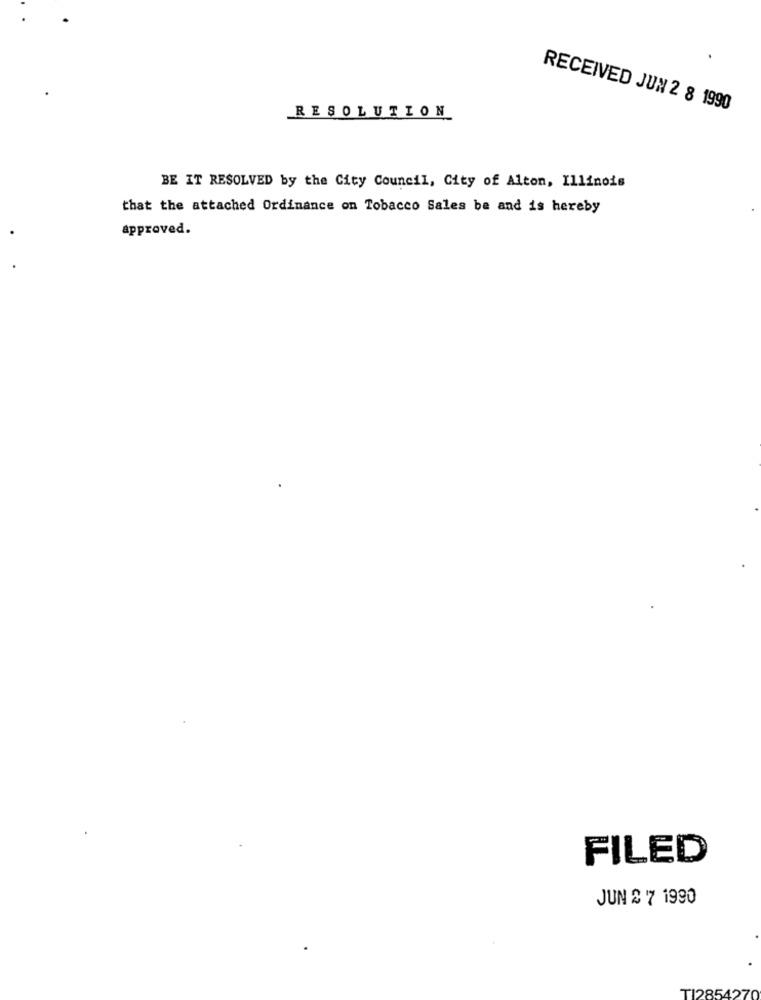
RESOLUTION
RECEIVED JUN 2 8 1990
BE IT RESOLVED by the City Council, City of Alton, Illinois
that the attached Ordinance on Tobacco Sales be and is hereby
approved.
FILED
JUN 2 7 1990
TI2854270